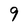
Character: 9